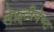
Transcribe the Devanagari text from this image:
लेफ़्टीनेण्ट